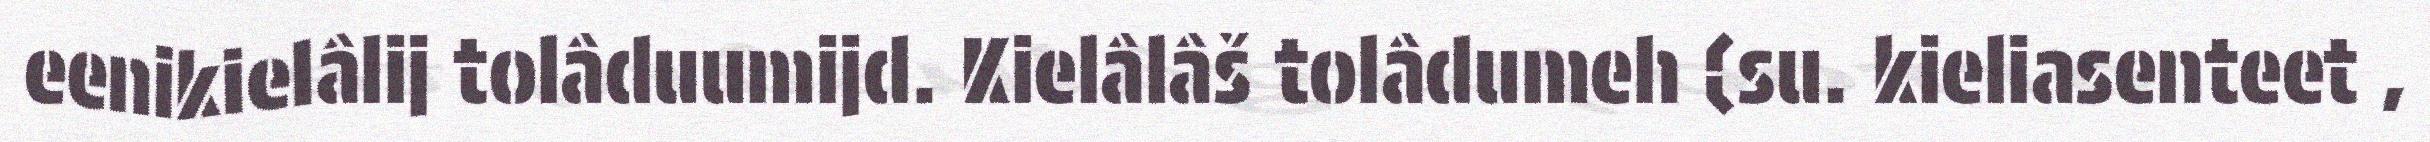
eenikielâlij tolâduumijd. Kielâlâš tolâdumeh (su. kieliasenteet ,